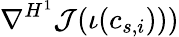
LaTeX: \nabla^{H^{1}}\mathcal{J}(\iota(c_{s,i})))